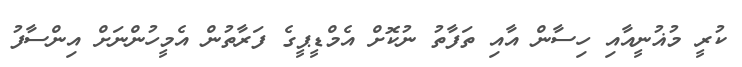
ކުރީ މުޣުނީއާއި ހިސާން އާއި ތަފާތު ނުކޮށް އެމްޑީޕީގެ ފަރާތުން އެމީހުންނަށް އިންސާފު